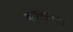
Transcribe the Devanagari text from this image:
वंशवादाला